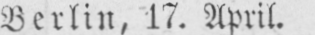
Berlin, 17. April.